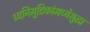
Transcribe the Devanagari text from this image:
ध्वनिमुद्रिकांमध्येसुद्धा